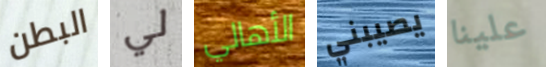
البطن لي الأهالي يصيبني علينا